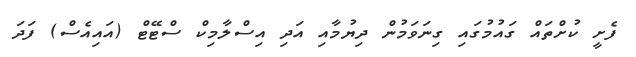
ފެށީ ކުށްތައް ގައުމުގައި ގިނަވަމުން ދިޔުމާއި އަދި އިސްލާމިކް ސްޓޭޓް (އައިއެސް) ފަދަ